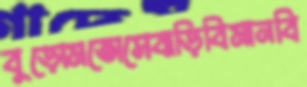
বুড়োমতোসেবাড়িবিমানবি